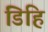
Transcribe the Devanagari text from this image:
डिहि